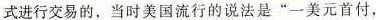
式进行交易的，当时美国流行的说法是”一美元首付，